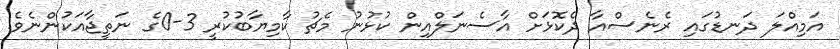
އަމިއްލަ ދަނޑުގައި ރެނެސްއާ ދެކޮޅަށް އާސެނަލްއިން ކުޅުނު މެޗު ކާމިޔާބުކުރީ 3-0ގެ ނަތީޖާއަކުންނެވެ.